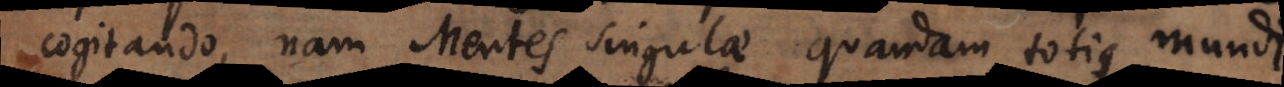
cogitando, nam Mentes singulae quandam totius mundi